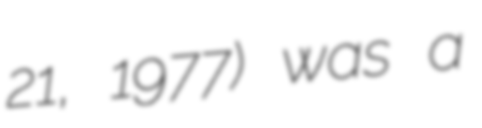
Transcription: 21, 1977) was a